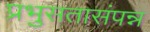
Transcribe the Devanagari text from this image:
प्रभुसतासंपन्न